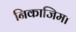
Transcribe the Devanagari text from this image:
निकाजिमा